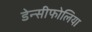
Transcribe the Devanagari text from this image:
डेन्सीफोलिया